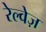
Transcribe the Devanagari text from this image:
रेल्वेज़